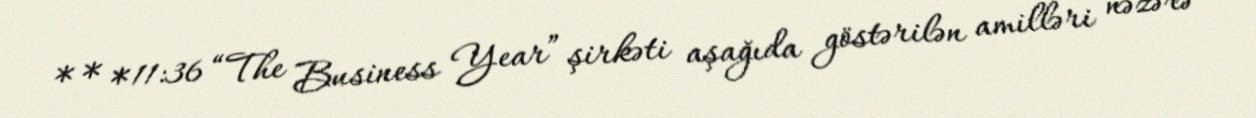
* * *11:36 “The Business Year” şirkəti aşağıda göstərilən amilləri nəzərə